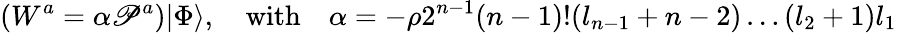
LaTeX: (W^{a}=\alpha\mathscr{P}^{a})|\Phi\rangle,\quad\mathrm{{with}}\quad\alpha=-\rho2^{n-1}(n-1)!(l_{n-1}+n-2)\ldots(l_{2}+1)l_{1}